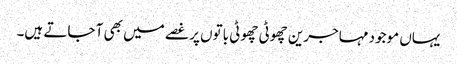
یہاں موجود مہاجرین چھوٹی چھوٹی باتوں پر غصے میں بھی آ جاتے ہیں۔